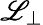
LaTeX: \mathscr{L}_{\perp}